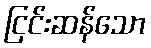
ငြင်းဆန်သော